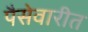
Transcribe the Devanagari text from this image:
पैसेवारीत